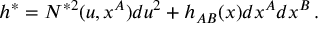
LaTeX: h ^ { \ast } = { N } ^ { \ast 2 } ( u , x ^ { A } ) d u ^ { 2 } + h _ { A B } ( x ) d x ^ { A } d x ^ { B } \, .